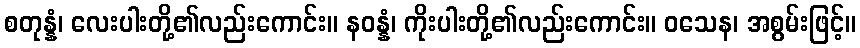
စတုန္နံ၊ လေးပါးတို့၏လည်းကောင်း။ နဝန္နံ၊ ကိုးပါးတို့၏လည်းကောင်း။ ဝသေန၊ အစွမ်းဖြင့်။